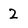
Character: 2